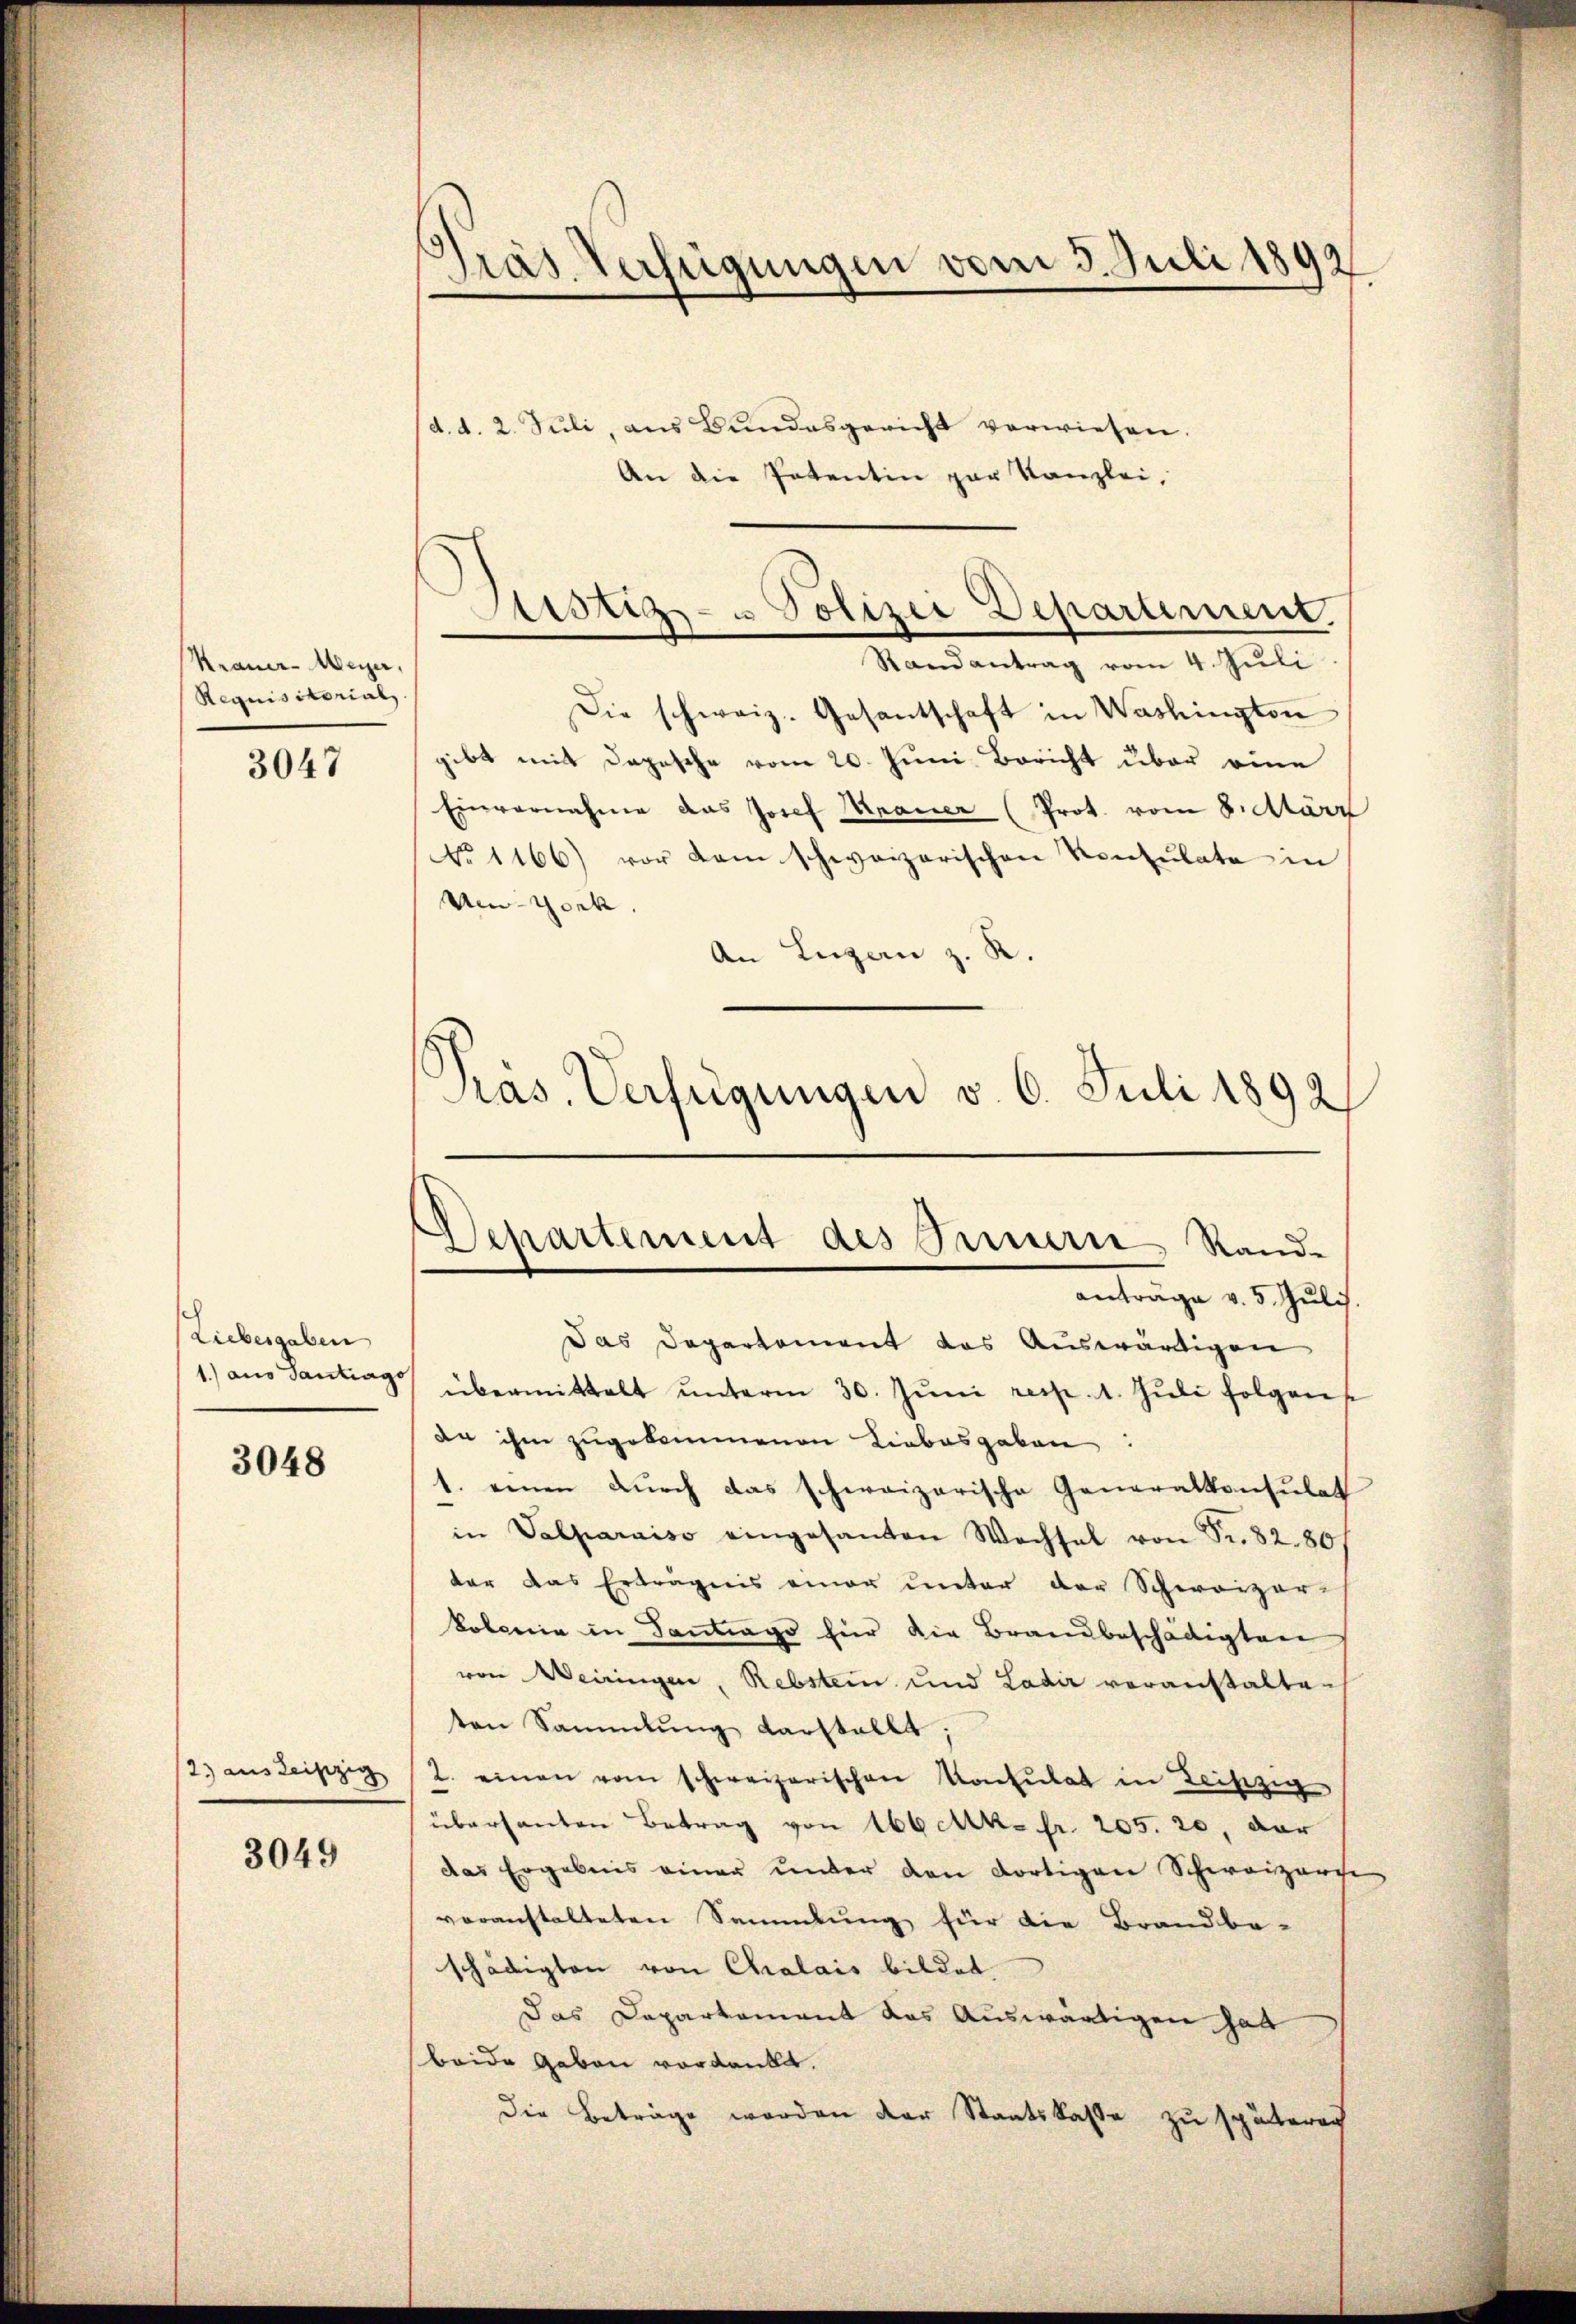
Krauer-Meyer,
Requisitorial,

3047

ch
Liebesgaben
1.) aus Santrago

3048

3049

Präs. Verfügungen vom 5. Juli 1892

d. d. 2. Juli, aus Bundesgericht verwiesen.
An die Patentin par Kanzlei,
Randantrag vom 4. Juli
Die schweiz. Gesantschaft in Washington
gibt mit Depesche vom 20. Juni Bericht über eine
Einvernahme das Josef Mauer (Prot. vom 8. März
No 1166) vor kam schweizerischen Konsulate in
Ue-Genk.
An Luzern z. R.
Präs. Verfügungen v. 6. Juli 1892

Justiz- u Polizei Departement.

Separtement des Innern, Rand-

anträge v. 5. Juli
Das Departement das Auswärtigen
übermittelt ŭnterm 30. Jŭni resp. 1. Jŭli folgen
da ihm zugekommenen Liebesgaben:
1. einen durch das schweizerische Generalkonsulat
in Valparaiso eingesanten Wechsel von Fr. 82. 80
der das Erträgnis einer unter der Schweizer-
kolonie in Santrage hier die Brandbeschädigten
von Weiringen, Rebstein und Ladir veranstalten
ten Sammlung vorstellt;
2) aus Leipzig (2. einen vom schweizerischen Konsulat in Leipzig
übersanten Betrag von 166 c. fr. 205. 20, der
das Ergebnis einer unter den dortigen Schweizerge
voranstalteten Sammlung für die Brandbe-
schädigten von Chalais bildet.
Das Departement das Auswärtigen hat
beide Gaben verdankt.
Die Beträge werden der Staatskasse zu späterech